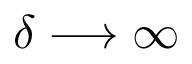
\delta \longrightarrow \infty